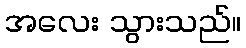
အလေး သွားသည်။